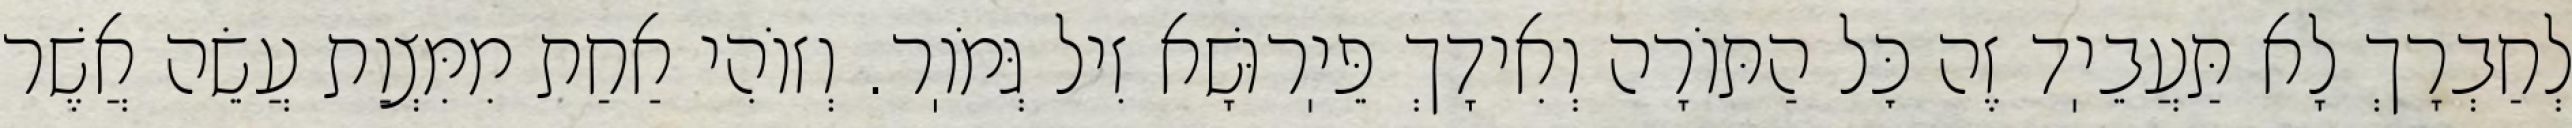
לְחַבְרָךְ לָא תַּעֲבֵיֽד זֶה כׇּל הַתּוֹרָה וְאִידָךְ פֵּיֽרוּשָׁא זִיל גְּמֹוֽר. וְזוֹהִי אַחַת מִמִּצְוַת עֲשֵׂה אֲשֶׁר